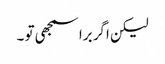
لیکن اگر برا سمجھی تو ۔